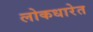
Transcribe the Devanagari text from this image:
लोकधारेत